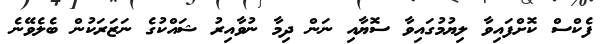
ފެކްސް ކޮށްފައިވާ ލިޔުމުގައިވާ ސޮޔާއި ނަން ދިމާ ނުވާއިރު ޝައްކުގެ ނަޒަރަކުން ބެލެވޭނެ